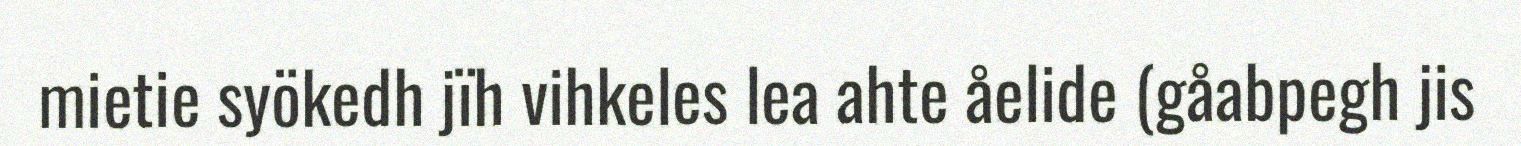
mietie syökedh jïh vihkeles lea ahte åelide (gåabpegh jis